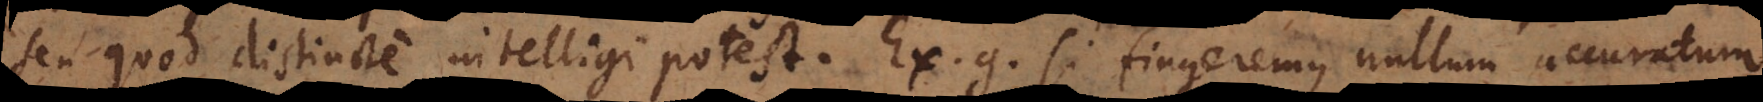
seu quod distincte intelligi potest. Ex.g. si fingeremus nullum accuratum